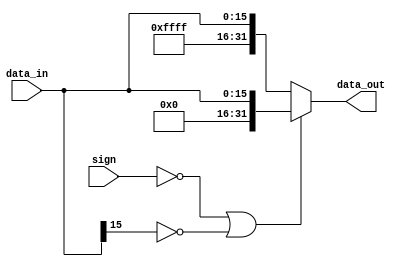
`timescale 1ns / 1ps
///////////////////////////////////////////////////////////////////////////////
// Type: Module
// Project: MIPS Pipeline CPU 54 Instructions
// Description: Extend 16 bits to signed 32 bits 
//
///////////////////////////////////////////////////////////////////////////////

module extend_16_32 (
    input [15:0] data_in,
    input sign,
    output [31:0] data_out
    );

    assign data_out = (sign == 0 || data_in[15] == 0) ? {16'b0, data_in} : {16'hffff, data_in};
    
endmodule